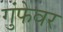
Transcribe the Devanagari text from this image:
गुंफेवर